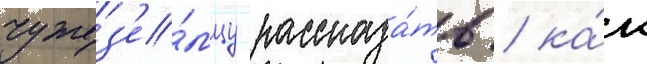
чужез'е́мцу рассказа́ть / ка́к